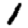
Digit: 1